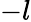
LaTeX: -l